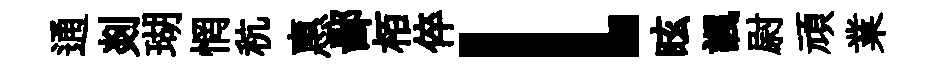
通剡瑚惘秔惠鄙栢倅l眩諷尉頑業